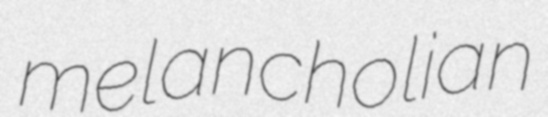
melancholian